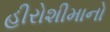
હીરોશીમાનો